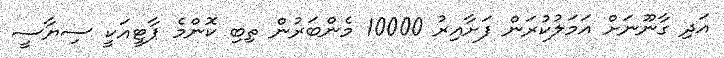
އަދި ގާނޫނަށް އަމަލުކުރަން ފަށާއިރު 10000 މެންބަރުން ތިބި ކޮންމެ ޕާޓީއަކީ ސިޔާސީ